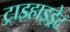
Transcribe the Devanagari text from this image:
ट्राइहाइड्रेट